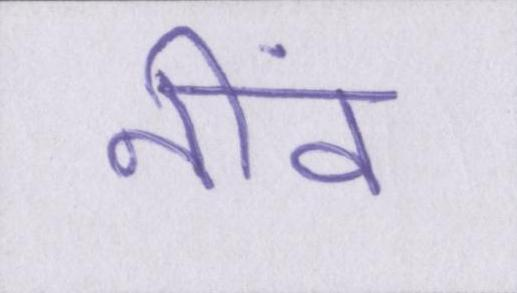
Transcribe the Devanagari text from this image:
नींव